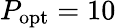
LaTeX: P_{\mathrm{opt}}=10